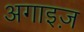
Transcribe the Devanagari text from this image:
अगाइज़